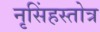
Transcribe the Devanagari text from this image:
नृसिंहस्तोत्र